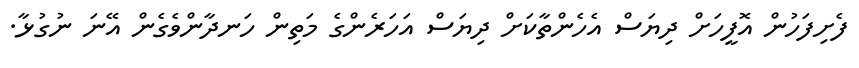
ފެށިފަހުން އޮފީހަށް ދިޔަސް އެހެންތާކަށް ދިޔަސް އަހަރެންގެ މަތިން ހަނދާންވެގެން އޭނަ ނުގުޅާ.